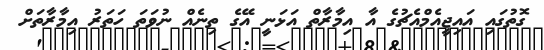
ގޮތުގައި އައިޖީއެމްއެޗުގެ އާ އިމާރާތް އަޅަނީ އޭގެ ތިނެއް ނުވަތަ ހަތަރު އިމާރާތަށް